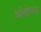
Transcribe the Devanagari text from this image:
ओसीनस